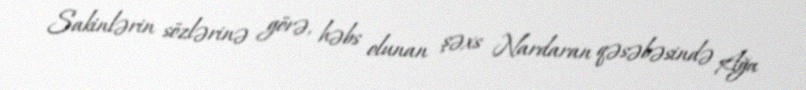
Sakinlərin sözlərinə görə, həbs olunan şəxs Nardaran qəsəbəsində Ağa